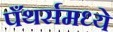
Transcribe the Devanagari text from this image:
पँथर्समध्ये